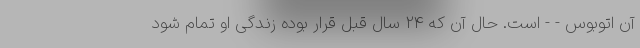
آن اتوبوس - - است. حال آن که 24 سال قبل قرار بوده زندگی او تمام شود